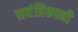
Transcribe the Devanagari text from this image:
सतंत्रिकानी